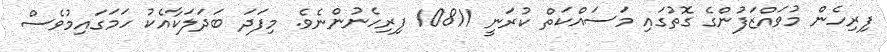
ފިރިހެން މުވައްޒަފުންގެ ގޮތުގައި މަސައްކަތް ކުރަނީ 10811 ފިރިހެނުންނެވެ. މިފަދަ ބަދަލަކާއެކު ހަމަގައިމުވެސް